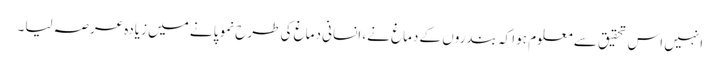
انہیں اس تحقیق سے معلوم ہوا کہ بندروں کے دماغ نے، انسانی دماغ کی طرح نمو پانے میں زیادہ عرصہ لیا۔